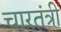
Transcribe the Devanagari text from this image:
चारतंत्री